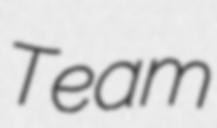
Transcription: Team